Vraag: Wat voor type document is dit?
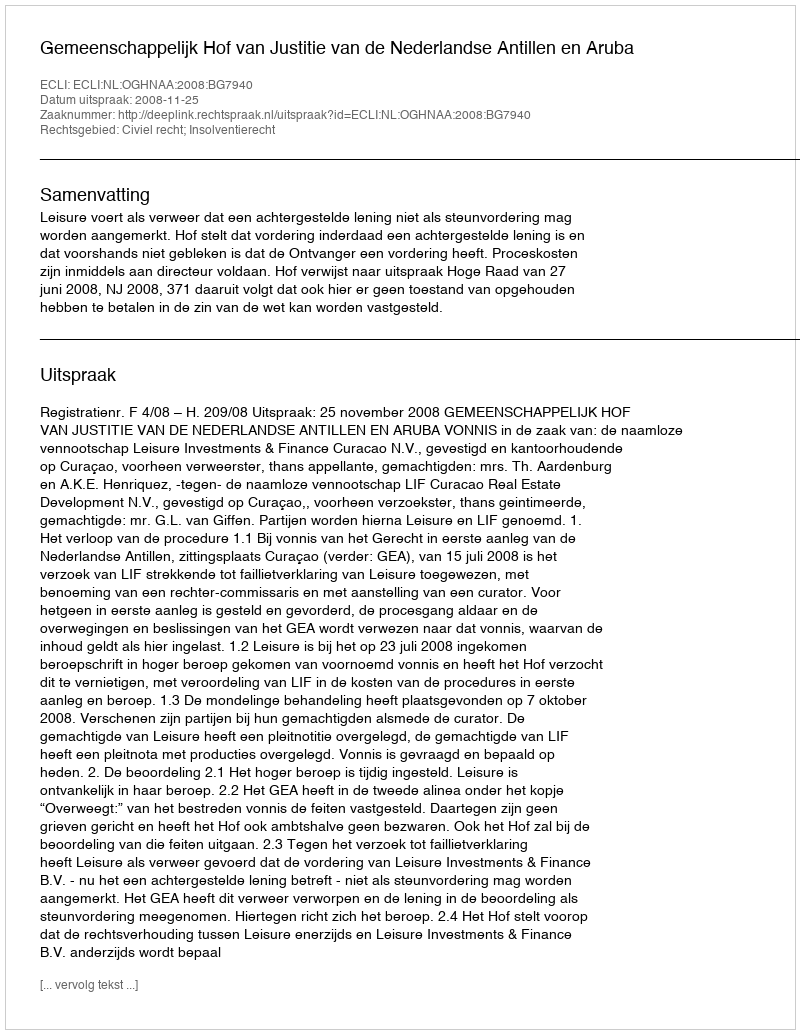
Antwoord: Uitspraak